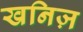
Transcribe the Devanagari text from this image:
खनिज़